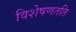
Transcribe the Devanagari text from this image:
विशेषणतति